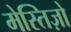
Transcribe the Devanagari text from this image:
मेस्तिज़ो